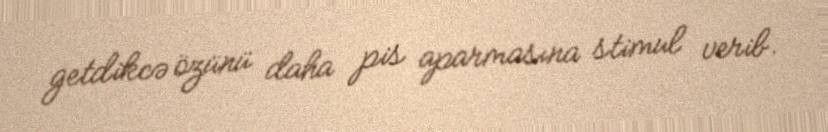
getdikcə özünü daha pis aparmasına stimul verib.